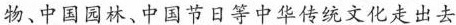
物、中国园林、中国节日等中华传统文化走出去